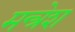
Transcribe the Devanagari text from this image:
मन्त्रेश